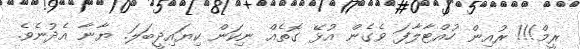
ރީމް!!! ރުއިން ހުއްޓާލާފަ ވެގެން އުޅޭ ގޮތެއް ނިކަން ކިޔައިދީބަލަ. ޔާނާ އެދުނެވެ.